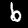
Label: 6